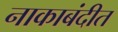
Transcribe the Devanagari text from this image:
नाकाबंदीत